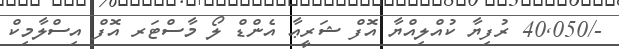
-/40